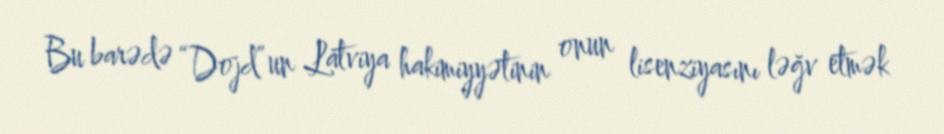
Bu barədə “Dojd”un Latviya hakimiyyətinin onun lisenziyasını ləğv etmək